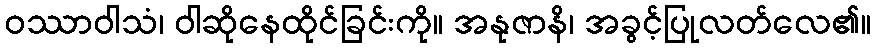
ဝဿာဝါသံ၊ ဝါဆိုနေထိုင်ခြင်းကို။ အနုဇာနိ၊ အခွင့်ပြုလတ်လေ၏။